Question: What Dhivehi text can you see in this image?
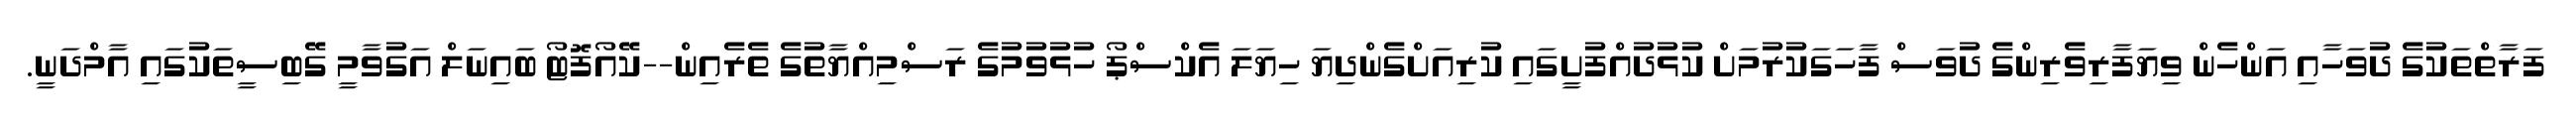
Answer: ފަރާތްތަކުގެ ދުވަހާއި އަންހެން ވިޔަފާރިވެރިންގެ ދުވަސް ފާހަގަކުރުމަށް ކުޅުދުއްފުށީގައި ކުރިއަށްގެންދިޔަ ހިޔަލަ އެކްސްޕޯ ހުޅުވުމުގެ ރަސްމިއްޔާތުގެ ތެރެއިން--ކޭއޯފޮޓޯ ބައިނަލް އަގުވާމީ ގޭބިސީތަކުގައި އާމްދަނީ.